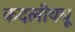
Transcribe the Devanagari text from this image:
कदलीवधू